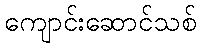
ကျောင်းဆောင်သစ်